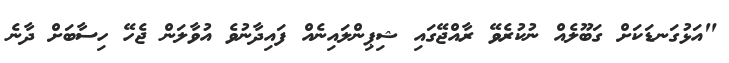
"އަޅުގަނޑަކަށް ގަބޫލެއް ނުކުރެވޭ ރާއްޖޭގައި ޝިޕިންލައިނެއް ފައިދާނުވެ އުވާލަން ޖެހޭ ހިސާބަށް ދާނެ